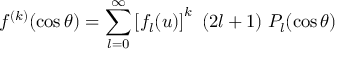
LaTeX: f ^ { ( k ) } ( \cos \theta ) = \sum _ { l = 0 } ^ { \infty } \left[ f _ { l } ( u ) \right] ^ { k } \; ( 2 l + 1 ) \; P _ { l } ( \cos \theta )